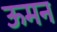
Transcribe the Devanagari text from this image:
ऊमन